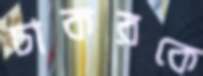
চাকরকে